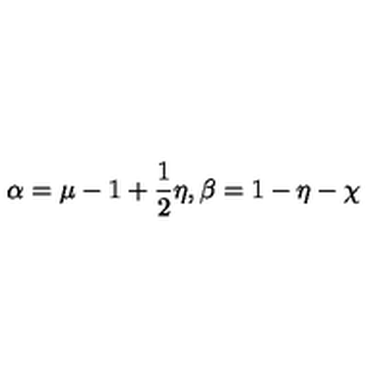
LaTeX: \alpha = \mu - 1 + \frac { 1 } { 2 } \eta , \beta = 1 - \eta - \chi